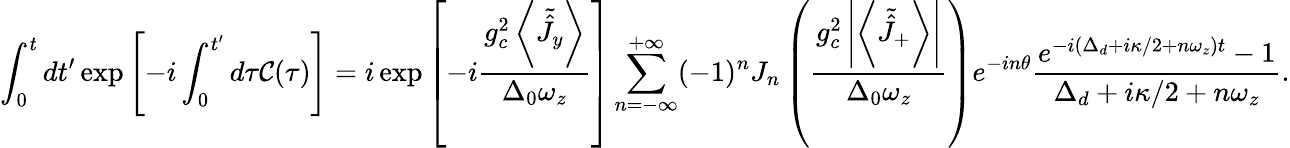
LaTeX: \int_{0}^{t}dt^{\prime}\exp\left[-i\int_{0}^{t^{\prime}}d\tau\mathcal{C}(\tau)\right]=i\exp\left[-i\frac{g_{c}^{2}\left\langle\tilde{\hat{J}}_{y}\right\rangle}{\Delta_{0}\omega_{z}}\right]\sum_{n=-\infty}^{+\infty}(-1)^{n}J_{n}\left(\frac{g_{c}^{2}\left|\left\langle\tilde{\hat{J}}_{+}\right\rangle\right|}{\Delta_{0}\omega_{z}}\right)e^{-in\theta}\frac{e^{-i\left(\Delta_{d}+i\kappa/2+n\omega_{z}\right)t}-1}{\Delta_{d}+i\kappa/2+n\omega_{z}}.